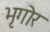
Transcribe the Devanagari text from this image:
भृगोर